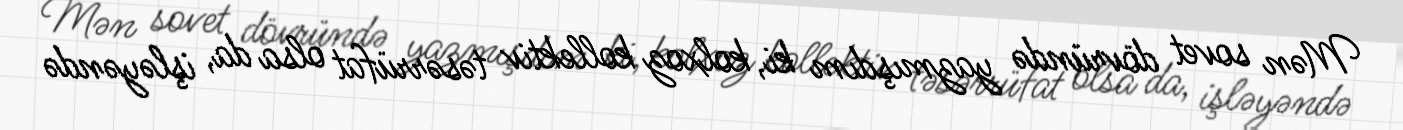
Mən sovet dövründə yazmışdım ki, kolxoz kollektiv təsərrüfat olsa da, işləyəndə